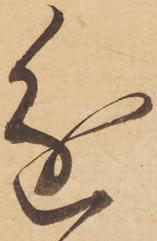
進